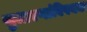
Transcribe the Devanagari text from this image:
सुधारणांविषयक